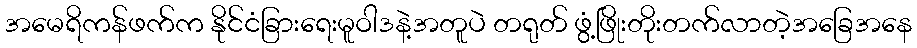
အမေရိကန်ဖက်က နိုင်ငံခြားရေးမူဝါဒနဲ့အတူပဲ တရုတ် ဖွံ့ဖြိုးတိုးတက်လာတဲ့အခြေအနေ